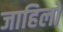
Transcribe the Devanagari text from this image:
जाहिलो